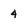
Character: 4